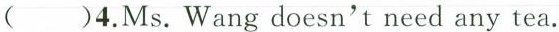
( )4.Ms. Wang doesn't need any tea.